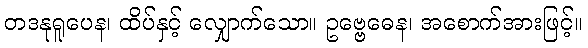
တဒနုရူပေန၊ ထိပ်နှင့် လျှောက်သော။ ဥဗ္ဗေဓေန၊ အစောက်အားဖြင့်။